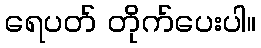
ရေပတ် တိုက်ပေးပါ။